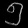
Digit: ၅